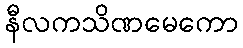
နီလကသိဏမေကော